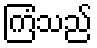
ကြံသည်